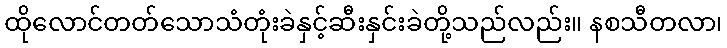
ထိုလောင်တတ်သောသံတုံးခဲနှင့်ဆီးနှင်းခဲတို့သည်လည်း။ နစသီတလာ၊